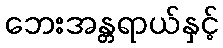
ဘေးအန္တရာယ်နှင့်